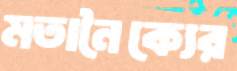
মতানৈক্যের